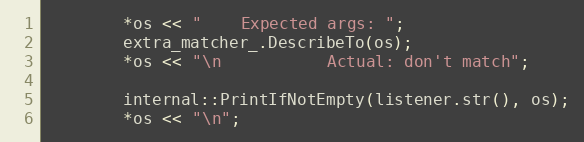
Language: C
        *os << "    Expected args: ";
        extra_matcher_.DescribeTo(os);
        *os << "\n           Actual: don't match";

        internal::PrintIfNotEmpty(listener.str(), os);
        *os << "\n";